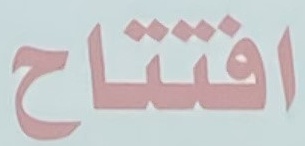
افتتاح